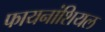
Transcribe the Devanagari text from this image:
फायनांशियल